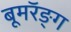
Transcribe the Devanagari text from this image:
बूमरॅङ्ग